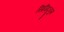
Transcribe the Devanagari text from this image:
सिंगिदुनुम